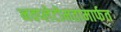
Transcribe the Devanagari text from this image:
नवप्लेटोमतामार्फत